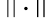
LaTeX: \left\| \cdot\right\|